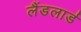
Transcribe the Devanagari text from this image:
लैंडलार्ड